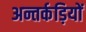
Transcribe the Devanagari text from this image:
अन्तर्कड़ियों